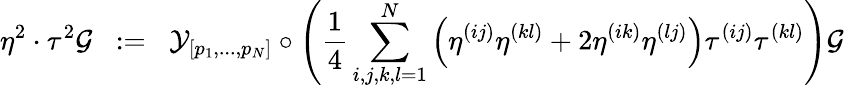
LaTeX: \eta^{2}\cdot\tau^{2}{\cal{G}}\; \; :=\; \; {\cal{Y}}_{[p_{1},...,p_{N}]}\circ\left({\frac{1}{4}}\sum_{i,j,k,l=1}^{N}\left(\eta^{(ij)}\eta^{(kl)}+2\eta^{(ik)}\eta^{(lj)}\right)\tau^{(ij)}\tau^{(kl)}\right){\cal{G}}